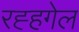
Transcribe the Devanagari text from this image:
रह्हगेल